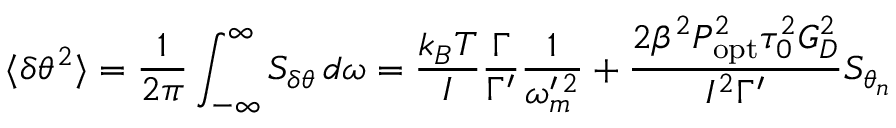
\langle \delta \theta ^ { 2 } \rangle = \frac { 1 } { 2 \pi } \int _ { - \infty } ^ { \infty } S _ { \delta \theta } \, d \omega = \frac { k _ { B } T } { I } \frac { \Gamma } { \Gamma ^ { \prime } } \frac { 1 } { \omega _ { m } ^ { \prime \, 2 } } + \frac { 2 \beta ^ { 2 } P _ { \mathrm { o p t } } ^ { 2 } \tau _ { 0 } ^ { 2 } G _ { D } ^ { 2 } } { I ^ { 2 } \Gamma ^ { \prime } } S _ { \theta _ { n } }